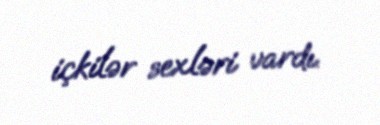
içkilər sexləri vardı.